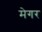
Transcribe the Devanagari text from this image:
मेगर